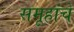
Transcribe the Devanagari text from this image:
समूहांचे